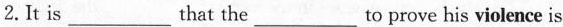
2. It is___that the___to prove his violence is